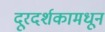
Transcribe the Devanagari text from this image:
दूरदर्शकामधून